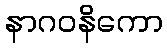
နာဂဝနိကော